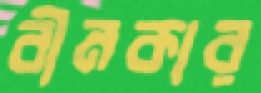
বীনকার